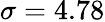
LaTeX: \sigma=4.78